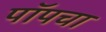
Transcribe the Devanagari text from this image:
पॉपचा